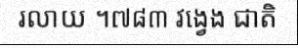
រលាយ ។៧៨៣ វង្វេង ជាតិ